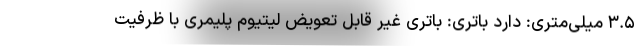
۳.۵ میلی‌متری: دارد باتری: باتری غیر قابل تعویض لیتیوم پلیمری با ظرفیت